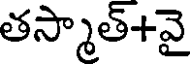
తస్మాత్+వై